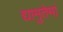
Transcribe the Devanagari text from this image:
द्यामुतेमां